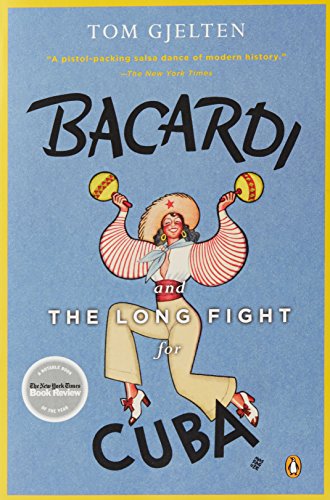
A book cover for Bacardi and the Long Fight for Cuba: The Biography of a Cause; Tom Gjelten; History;